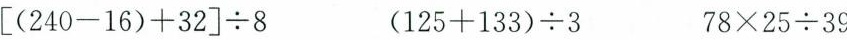
$$ [ ( 2 4 0 - 1 6 ) + 3 2 ] \div 8$$ $$ ( 1 2 5 + 1 3 3 ) \div 3$$ $$ 7 8 \times 2 5 \div 3 9$$